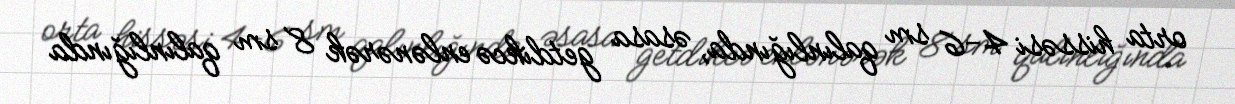
orta hissəsi 4-6 sm qalınlığında, əsasa getdikcə enlənərək 8 sm qalınlığında